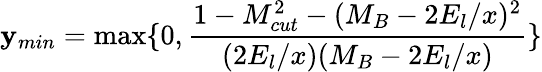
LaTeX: \mathbf{y}_{min}=\operatorname*{max}\{ 0,\frac{{1-M_{cut}^{2}-(M_{B}-2E_{l}/x)^{2}}}{{(2E_{l}/x)(M_{B}-2E_{l}/x)}}\}